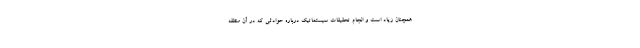
همچنان زیاد است و انجام تحقیقات سیستماتیک درباره حوادثی که در آن منطقه